Annual vaccination report of Bihar and Orissa - 1911-1928
Year: 1911
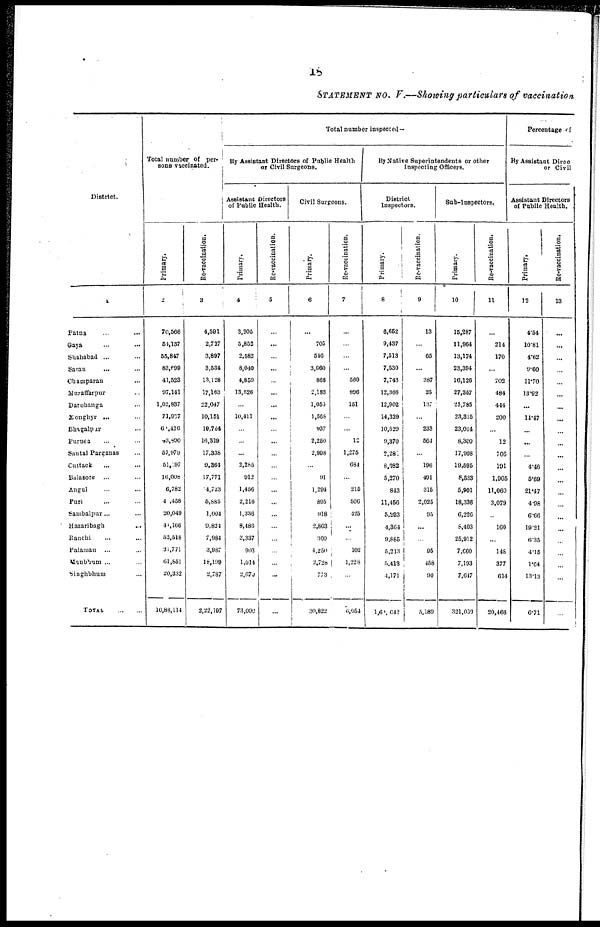
18
STATEMENT NO. V.—Showing particulars of vaccination
District.
1
Patna ... ...
Gaya ... ...
Shahabad ... ...
Saran ... ...
Champaran ... ...
Muzaffarpur ...
Darobanga ... ...
Monghyr ... ...
Bhagalpur ... ...
Purnea ... ...
Santal Parganas ...
Cuttack ... ... ...
Balasore ... ...
Angul ... ...
Puri ... ...
Sambalpur... ...
Hazaribagh ...
Ranchi ... ...
Palamau ... ...
Manbhum ... ...
Singhbhum ... ...
TOTAL
...
...
Total number of per-
sons vaccinated.
Primary.
2
70,566
64,137
55,847
83,699
41,523
97,141
1,02,837
71,937
60,426
23,890
57,979
51,097
16,008
6,782
40,458
20,049
41,166
52,518
31,771
61,851
20,332
10,88,114
Re-vaccination.
3
4,591
2,737
3,897
3,534
13,128
17,163
22,047
10,151
19,764
16,319
17,338
9,364
17,771
4,733
5,885
1,004
9,824
7,984
3,987
18,199
2,787
2,22,197
Total number inspected—
By Assistant Directors of Public Health
or Civil Surgeons.
Assistant Directors
of Public Health.
Primary.
4
3,205
5,852
2,582
8,040
4,859
13,526
...
10,411
...
...
...
3,285
912
1,456
2,216
1,336
8,486
3,337
903
1,014
2,670
73,090
Re-vaccination.
5
...
...
...
...
...
...
...
...
...
...
...
...
...
...
...
...
...
...
...
...
...
...
Civil Surgeons.
Primary.
6
...
705
546
3,660
868
2,183
1,055
1,568
937
2,250
2,998
...
91
1,294
895
918
2,803
300
4,250
2,728
773
30,822
Re-vaccination.
7
...
...
...
...
560
896
151
...
...
15
1,275
684
...
215
506
425
...
...
102
1,228
...
6,054
By Native Superintendents or other
Inspecting Officers.
District
Inspectors.
Primary.
8
6,652
9,437
7,513
7,530
7,743
12,366
12,902
14,329
10,529
9,370
2,280
8,082
5,270
843
11,456
5,293
4,364
9,885
5,213
5,413
4,171
1,60,642
Re-vaccination.
9
13
...
65
...
387
25
137
...
233
564
...
196
491
315
2,025
95
...
...
95
458
90
5,189
Sub-Inspectors.
Primary.
10
15,287
11,964
13,174
23,394
16,126
27,357
23,785
23,315
23,014
8,300
17,998
19,595
8,533
5,901
18,336
6,226
8,403
25,912
7,660
7,193
7,647
321,030
Re-vaccination.
11
...
214
170
...
702
484
444
200
...
12
706
191
1,905
11,060
3,079
...
160
...
148
377
614
20,466
Percentage of
By Assistant Direc
or Civil
Assistant Directors
of Public Health.
Primary.
12
4.54
10.81
4.62
9.60
11.70
13.92
...
14.47
...
...
...
4.46
5.69
21.47
4.98
6.66
19.21
6.35
4.15
1.64
13.13
6.71
Re-vaccination.
13
...
...
...
...
...
...
...
...
...
...
...
...
...
...
...
...
...
...
...
...
...
...